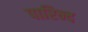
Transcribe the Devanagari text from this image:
पारिन्द